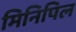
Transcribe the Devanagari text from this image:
मिनिपिल